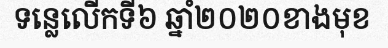
ទន្លេលើកទី៦ ឆ្នាំ២០២០ខាងមុខ